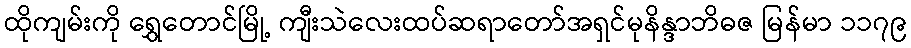
ထိုကျမ်းကို ရွှေတောင်မြို့ ကျီးသဲလေးထပ်ဆရာတော်အရှင်မုနိန္ဒာဘိဓဇ မြန်မာ ၁၁၇၉